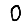
Digit: 0